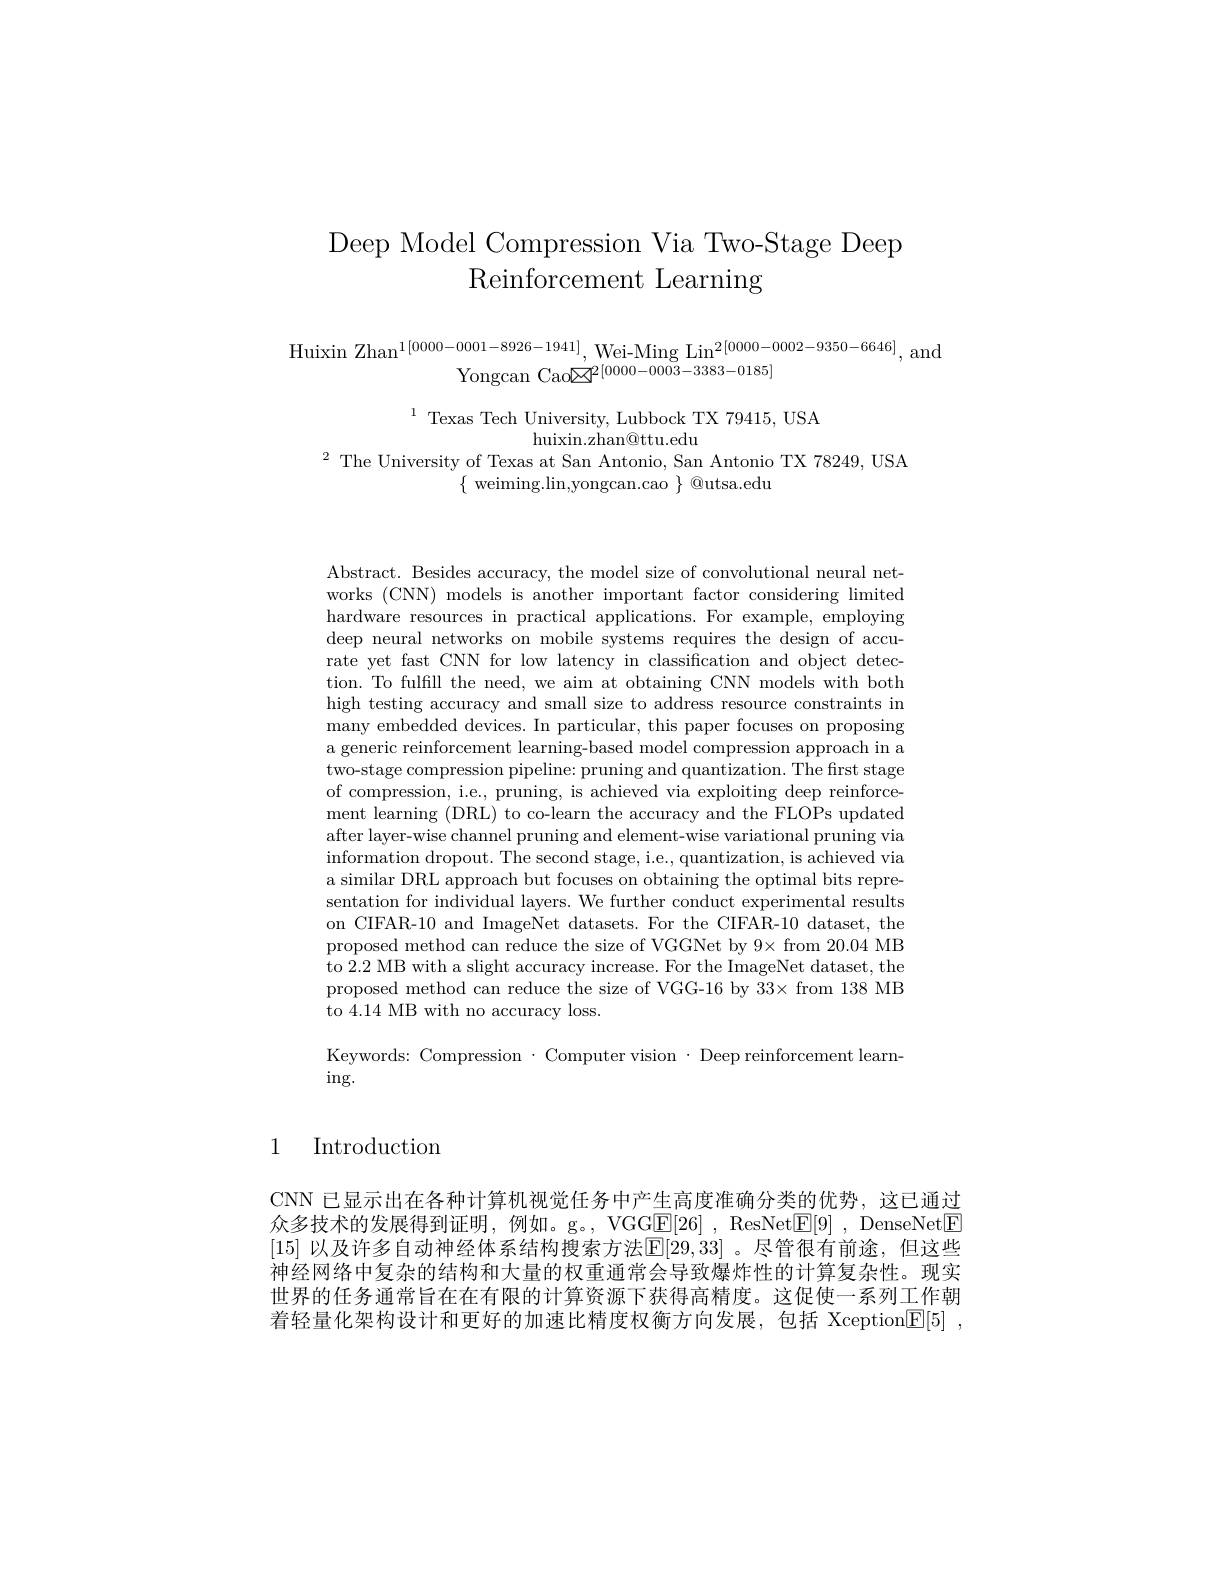
# Deep Model Compression Via Two-Stage Deep Reinforcement Learning

$\begin{array}{c}{\mathrm{Huixin~Zhan}^{1[0000-0001-8926-1941]},\mathrm{Wei-Ming~Lin}^{2[0000-0002-9350-6646]},\mathrm{~and}}\\{\mathrm{Yongcan~Cao}^{2[0000-0003-3383-0185]}}\end{array}$

$^{1}$ Texas Tech University, Lubbock TX 79415, USA
huixin.zhan@ttu.edu
$^2$ The University of Texas at San Antonio, San Antonio TX 78249, USA

$\{$ weiming.$\lim$,yongcan.cao $\}$ @utsa.edu

Abstract. Besides accuracy, the model size of convolutional neural networks (CNN) models is another important factor considering limited hardware resources in practical applications. For example, employing deep neural networks on mobile systems requires the design of accurate yet fast CNN for low latency in classification and object detection. To fulfill the need, we aim at obtaining CNN models with both high testing accuracy and small size to address resource constraints in many embedded devices. In particular, this paper focuses on proposing a generic reinforcement learning-based model compression approach in a two-stage compression pipeline: pruning and quantization. The first stage of compression, i.e., pruning, is achieved via exploiting deep reinforcement learning (DRL) to co-learn the accuracy and the FLOPs updated after layer-wise channel pruning and element-wise variational pruning via information dropout. The second stage, i.e., quantization, is achieved via a similar DRL approach but focuses on obtaining the optimal bits representation for individual layers. We further conduct experimental results on CIFAR-10 and ImageNet datasets. For the CIFAR-10 dataset, the proposed method can reduce the size of VGGNet by 9× from 20.04 MB to 2.2 MB with a slight accuracy increase. For the ImageNet dataset, the proposed method can reduce the size of VGG-16 by 33× from 138 MB to 4.14 MB with no accuracy loss.

Keywords: Compression $\cdot$ Computer vision $\cdot$ Deep reinforcement learn-
$\operatorname{ing}.$

1 Introduction

CNN 已显示出在各种计算机视觉任务中产生高度准确分类的优势，这已通过众多技术的发展得到证明，例如。g。,VGGE[26],ResNet$\boxed{\mathrm{F}}[9]$, DenseNet$\boxed{\mathrm{F}}$ [15] 以及许多自动神经体系结构搜索方法$\mathbb{E}[29,33]$ 。尽管很有前途，但这些神经网络中复杂的结构和大量的权重通常会导致爆炸性的计算复杂性。现实世界的任务通常旨在在有限的计算资源下获得高精度。这促使一系列工作朝着轻量化架构设计和更好的加速比精度权衡方向发展，包括 Xception$\mathbb{E} [ 5]$ ,